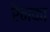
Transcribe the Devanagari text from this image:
रैनका